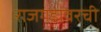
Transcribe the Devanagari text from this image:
राजगडावरची